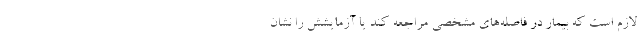
لازم است که بیمار در فاصله‌های مشخصی مراجعه کند یا آزمایشش را نشان